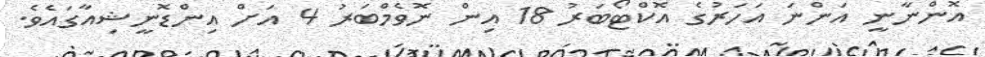
އޮންނާނީ އަންނަ އަހަރުގެ އޮކްޓޯބަރު 18 އިން ނޮވެމްބަރު 4 އަށް އިންޑޮނީޝިއާގައެވެ.